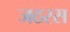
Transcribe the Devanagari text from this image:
जठरस